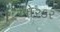
ઓરડર